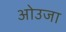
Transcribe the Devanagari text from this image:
ओउजा